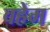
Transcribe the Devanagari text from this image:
वहेम